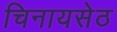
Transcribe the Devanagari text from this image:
चिनायसेठ